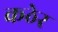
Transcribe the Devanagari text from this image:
कठेर